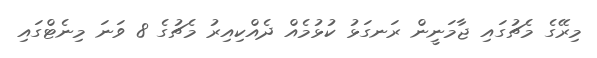
މިރޭގެ މެޗުގައި ޖާމަނީން ރަނގަޅު ކުޅުމެއް ދެއްކިއިރު މެޗުގެ 8 ވަނަ މިނެޓްގައި